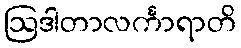
ဩဒါတာလင်္ကာရာတိ